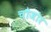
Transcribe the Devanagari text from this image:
चौजोर